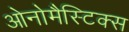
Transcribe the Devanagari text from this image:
ओनोमैस्टिक्स